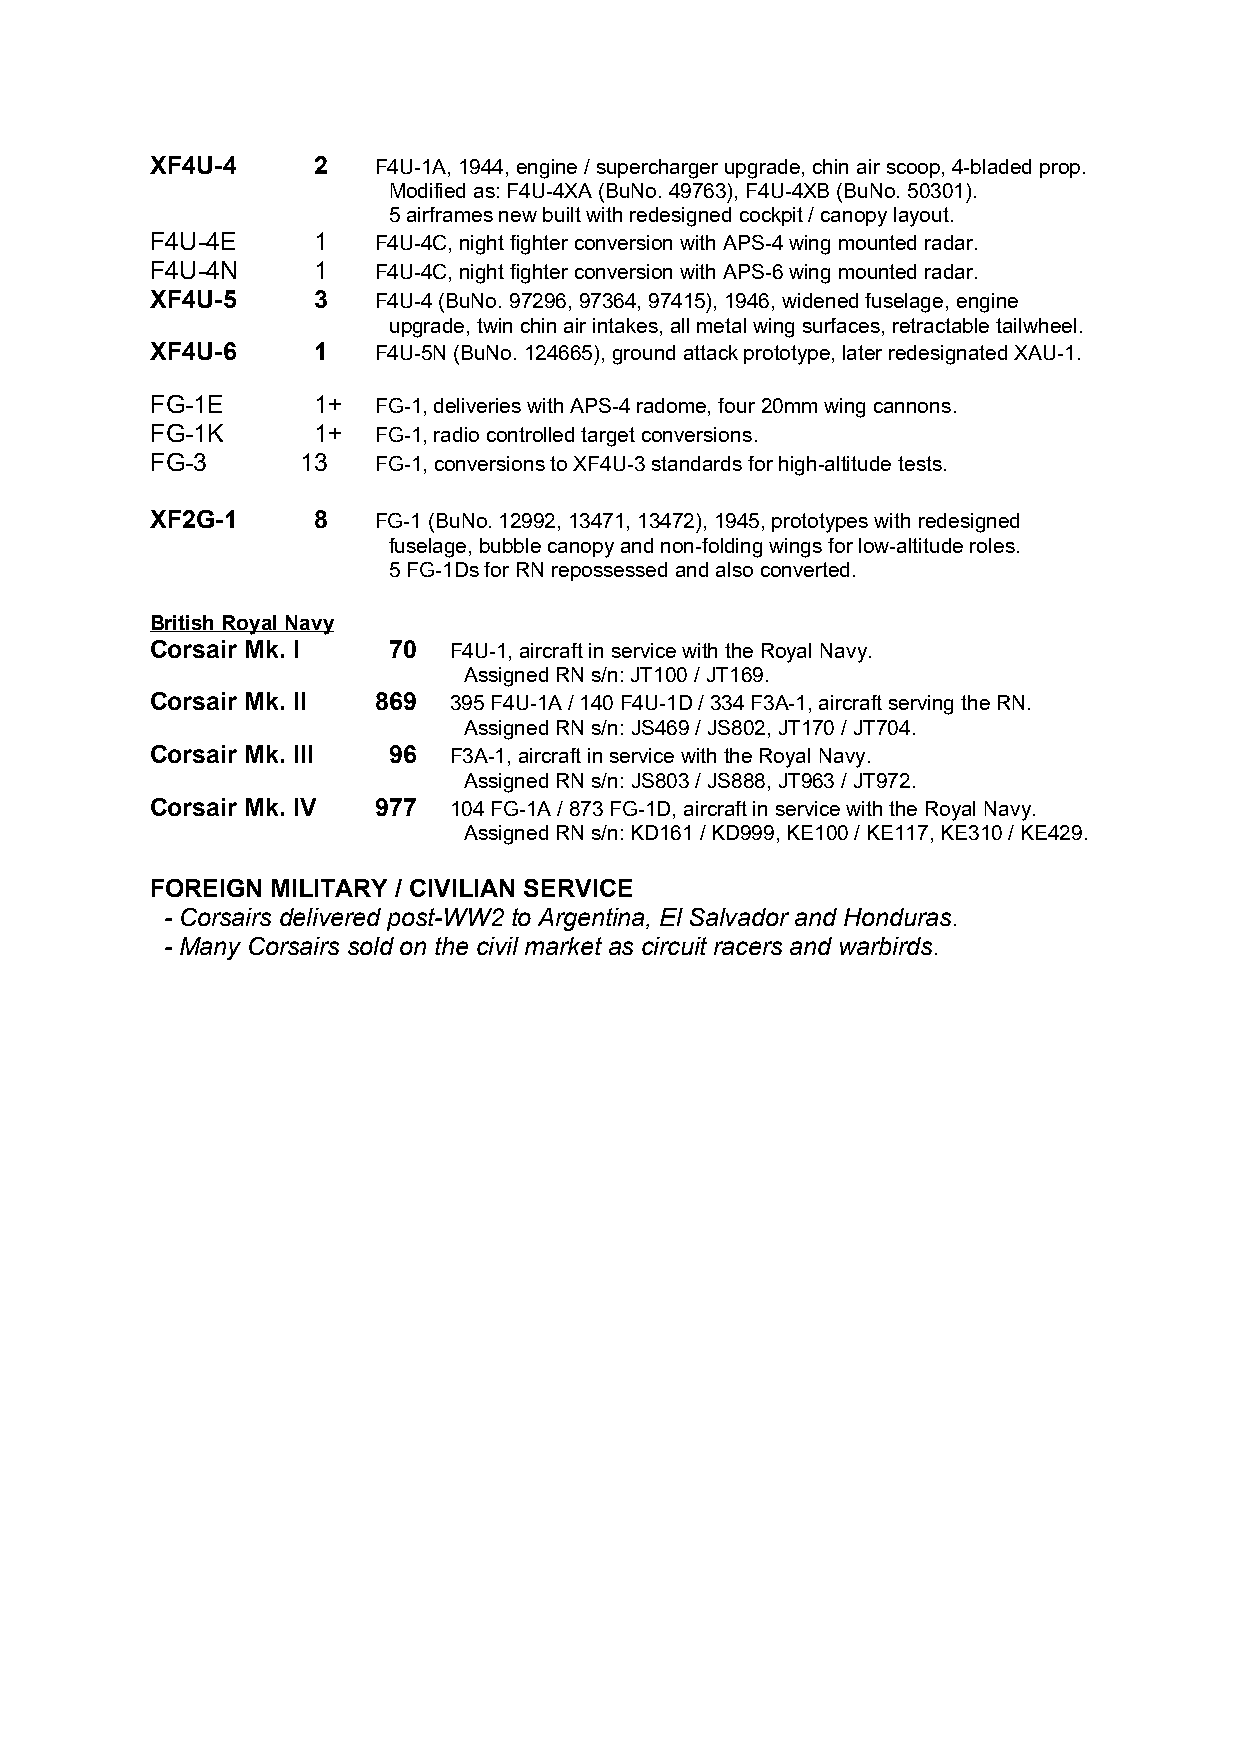
XF4U-4     2   F4U-1A, 1944, engine / supercharger upgrade, chin air scoop, 4-bladed prop.
 Modified as: F4U-4XA (BuNo. 49763), F4U-4XB (BuNo. 50301).
 5 airframes new built with redesigned cockpit / canopy layout.
 F4U-4E     1   F4U-4C, night fighter conversion with APS-4 wing mounted radar.
 F4U-4N     1   F4U-4C, night fighter conversion with APS-6 wing mounted radar.
 XF4U-5     3   F4U-4 (BuNo. 97296, 97364, 97415), 1946, widened fuselage, engine
 upgrade, twin chin air intakes, all metal wing surfaces, retractable tailwheel.
 XF4U-6     1   F4U-5N (BuNo. 124665), ground attack prototype, later redesignated XAU-1.
 FG-1E      1+  FG-1, deliveries with APS-4 radome, four 20mm wing cannons.
 FG-1K      1+  FG-1, radio controlled target conversions.
 FG-3      13   FG-1, conversions to XF4U-3 standards for high-altitude tests.
 XF2G-1     8   FG-1 (BuNo. 12992, 13471, 13472), 1945, prototypes with redesigned
 fuselage, bubble canopy and non-folding wings for low-altitude roles.
 5 FG-1Ds for RN repossessed and also converted.
 British Royal Navy
 Corsair Mk. I   70  F4U-1, aircraft in service with the Royal Navy.
 Assigned RN s/n: JT100 / JT169.
 Corsair Mk. II 869  395 F4U-1A / 140 F4U-1D / 334 F3A-1, aircraft serving the RN.
 Assigned RN s/n: JS469 / JS802, JT170 / JT704.
 Corsair Mk. III 96  F3A-1, aircraft in service with the Royal Navy.
 Assigned RN s/n: JS803 / JS888, JT963 / JT972.
 Corsair Mk. IV 977  104 FG-1A / 873 FG-1D, aircraft in service with the Royal Navy.
 Assigned RN s/n: KD161 / KD999, KE100 / KE117, KE310 / KE429.
 FOREIGN MILITARY / CIVILIAN SERVICE
 - Corsairs delivered post-WW2 to Argentina, El Salvador and Honduras.
 - Many Corsairs sold on the civil market as circuit racers and warbirds.